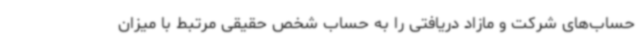
حساب‌های شرکت و مازاد دریافتی را به حساب شخص حقیقی مرتبط با میزان